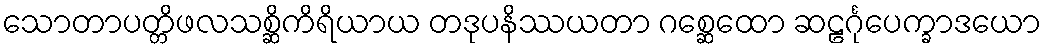
သောတာပတ္တိဖလသစ္ဆိကိရိယာယ တဒုပနိဿယတာ ဂစ္ဆေထော ဆဠင်္ဂုပေက္ခာဒယော